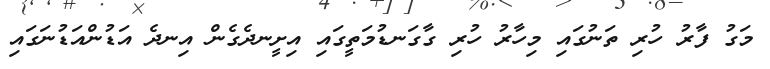
މަގު ފާރު ހުރި ތަނުގައި މިހާރު ހުރި ގާގަނޑުމަތީގައި އިށީނދެގެން އިނދެ އަޑުންއަޑުނަގައި